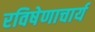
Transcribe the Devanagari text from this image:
रविषेणाचार्य